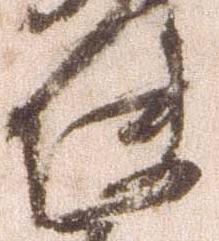
使